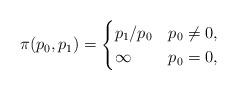
LaTeX: \begin{gather*} \pi(p_0,p_1)=\begin{cases} p_1/p_0 &p_0\neq 0,\\ \infty &p_0=0,\end{cases}\end{gather*}